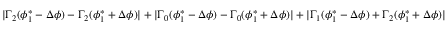
\vert \Gamma _ { 2 } ( \phi _ { 1 } ^ { * } - \Delta \phi ) - \Gamma _ { 2 } ( \phi _ { 1 } ^ { * } + \Delta \phi ) \vert + \vert \Gamma _ { 0 } ( \phi _ { 1 } ^ { * } - \Delta \phi ) - \Gamma _ { 0 } ( \phi _ { 1 } ^ { * } + \Delta \phi ) \vert + \vert \Gamma _ { 1 } ( \phi _ { 1 } ^ { * } - \Delta \phi ) + \Gamma _ { 2 } ( \phi _ { 1 } ^ { * } + \Delta \phi ) \vert